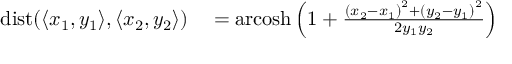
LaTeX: \begin{array} { r l } { \operatorname { d i s t } ( \langle x _ { 1 } , y _ { 1 } \rangle , \langle x _ { 2 } , y _ { 2 } \rangle ) } & { { } = \operatorname { a r c o s h } \left( 1 + { \frac { { ( x _ { 2 } - x _ { 1 } ) } ^ { 2 } + { ( y _ { 2 } - y _ { 1 } ) } ^ { 2 } } { 2 y _ { 1 } y _ { 2 } } } \right) } \end{array}